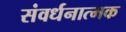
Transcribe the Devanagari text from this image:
संवर्धनात्‍मक